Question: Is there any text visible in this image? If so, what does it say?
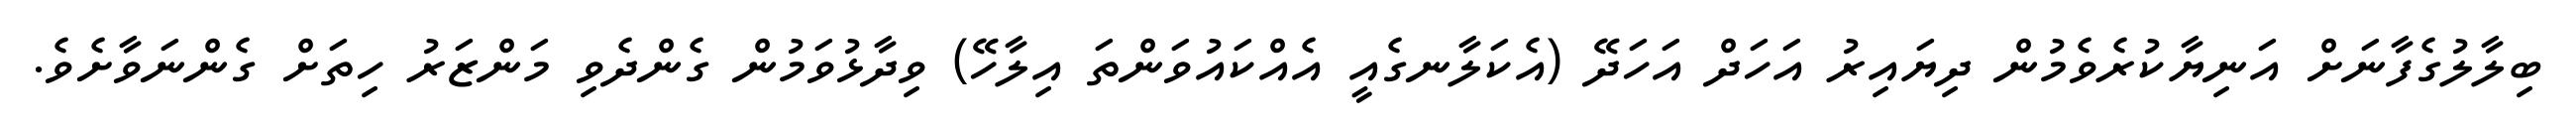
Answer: ބިލާލުގެފާނަށް އަނިޔާކުރެވެމުން ދިޔައިރު އަހަދް އަހަދޭ (އެކަލާނގެއީ އެއްކައުވަންތަ އިލާހޭ) ވިދާޅުވަމުން ގެންދެވި މަންޒަރު ހިތަށް ގެންނަވާށެވެ.